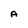
Character: A